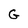
Character: G